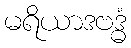
မရိယာဒဗဒ္ဓံ